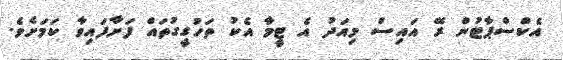
އެކްސްޕާޓުން ރޭ އައިސް މިއަދު އެ ޓީމާ އެކު ތަހުގީގުތައް ފަށާފައިވާ ކަމަށެވެ.